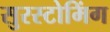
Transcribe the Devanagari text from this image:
सुरस्टोमिंग